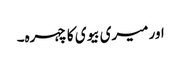
اور میری بیوی کا چہرہ۔